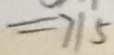
= 7 1 5